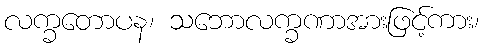
လက္ခတောပန၊ သဘောလက္ခဏာအားဖြင့်ကား၊